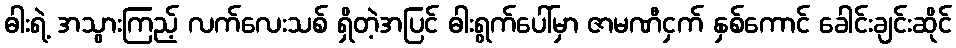
ဓါးရဲ့ အသွားကြည့် လက်လေးသစ် ရှိတဲ့အပြင် ဓါးရွက်ပေါ်မှာ ဇာမဏီငှက် နှစ်ကောင် ခေါင်းချင်းဆိုင်